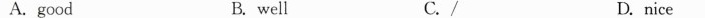
A.good B. well C./ D. nice